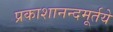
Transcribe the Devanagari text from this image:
प्रकाशानन्दमूर्तये